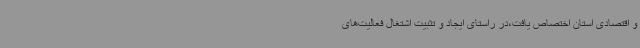
و اقتصادی استان اختصاص یافت،در راستای ایجاد و تثبیت اشتغال فعالیت‌های